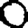
Digit: 0